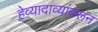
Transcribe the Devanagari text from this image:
हेव्यादाव्यांवरून